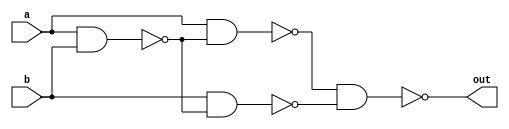
`timescale 1ns / 1ps
//////////////////////////////////////////////////////////////////////////////////
// Company: 
// Engineer: 
// 
// Design Name: 
// Module Name:    xor 
// Project Name: 
// Target Devices: 
// Tool versions: 
// Description: 
//
// Dependencies: 
//
// Revision: 
// Revision 0.01 - File Created
// Additional Comments: 
//
//////////////////////////////////////////////////////////////////////////////////
module xor1(out, a, b);

input a, b;
output out;
wire c, d, e;

nand(c, a, b);
nand(d, a, c);
nand(e, b, c);
nand(out, d,e);

endmodule